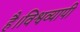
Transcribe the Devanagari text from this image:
है।विश्वव्यापी